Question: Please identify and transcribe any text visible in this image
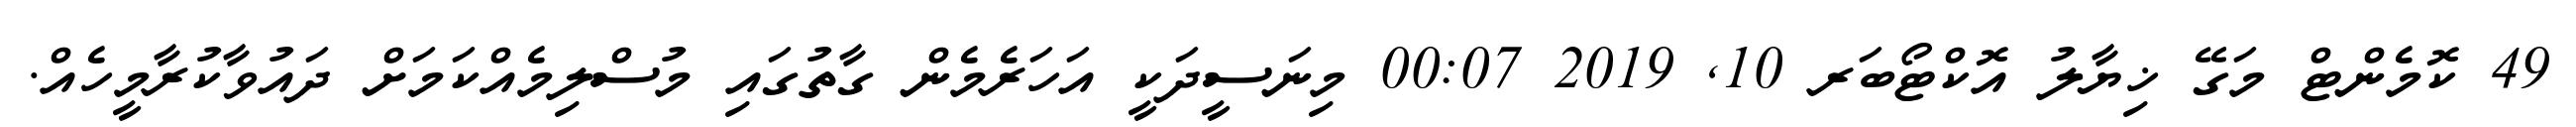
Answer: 49 ކޮމެންޓް މަގޭ ޚިޔާލު އޮކްޓޯބަރ 10, 2019 00:07 މިނަސީދަކީ އަހަރެމެން ގާތުގައި މުސްލިމެއްކަމަށް ދައުވާކުރާމީހެއް.